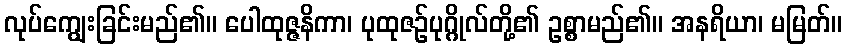
လုပ်ကျွေးခြင်းမည်၏။ ပေါထုဇ္ဇနိကာ၊ ပုထုဇဉ်ပုဂ္ဂိုလ်တို့၏ ဥစ္စာမည်၏။ အနရိယာ၊ မမြတ်။